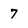
Character: 7